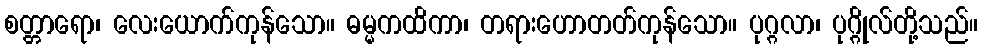
စတ္တာရော၊ လေးယောက်ကုန်သော။ ဓမ္မကထိကာ၊ တရားဟောတတ်ကုန်သော။ ပုဂ္ဂလာ၊ ပုဂ္ဂိုလ်တို့သည်။